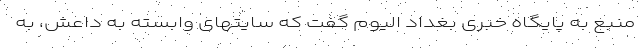
منبع به پایگاه خبری بغداد الیوم گفت که سایتهای وابسته به داعش، به